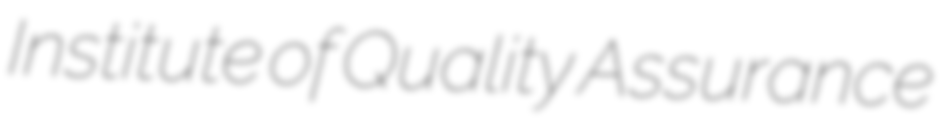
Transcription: Institute of Quality Assurance